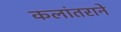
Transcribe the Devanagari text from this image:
कलांतराने